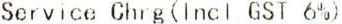
SERVICE CHRG(INCL GST 6%)